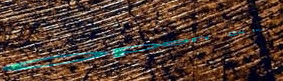
open 24 hours